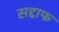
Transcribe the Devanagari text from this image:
सद्दाफ